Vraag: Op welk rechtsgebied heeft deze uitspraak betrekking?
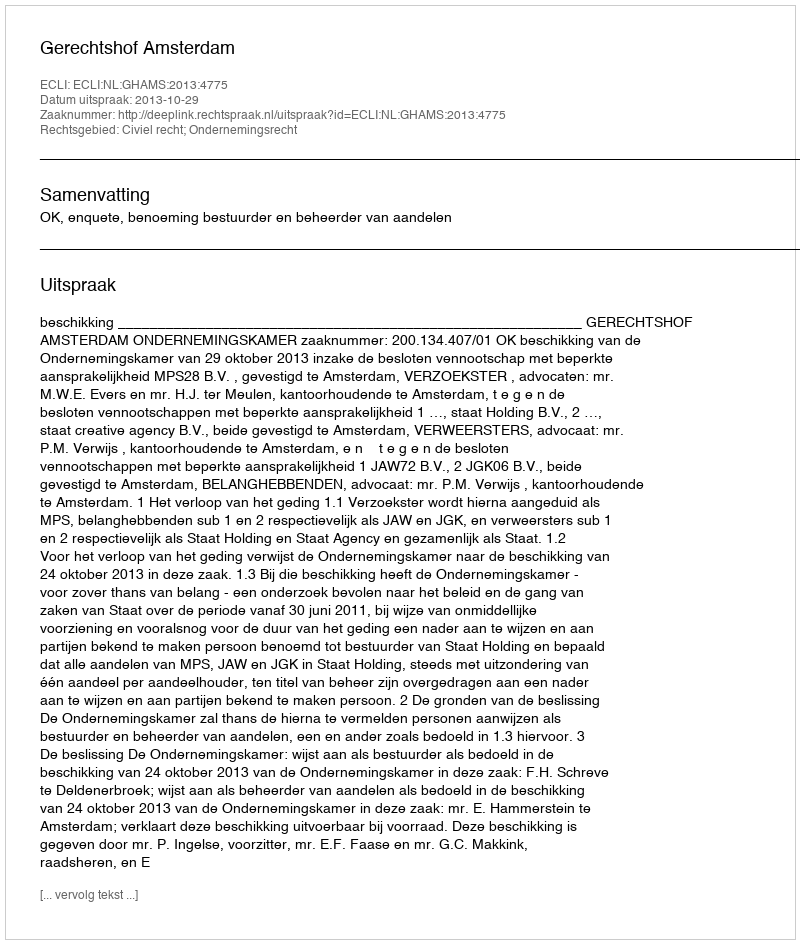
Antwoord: Civiel recht; Ondernemingsrecht